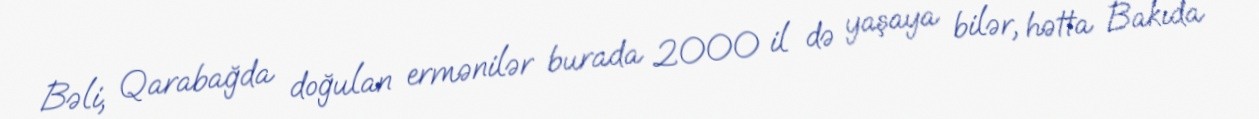
Bəli, Qarabağda doğulan ermənilər burada 2000 il də yaşaya bilər, hətta Bakıda